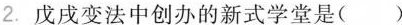
2.戊戌变法中创办的新式学堂是( )